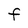
Character: F